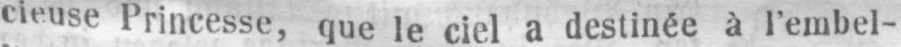
cieuse Princesse, que leciel a destinée à l’embel-